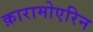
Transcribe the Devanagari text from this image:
क़ारामोएरिन